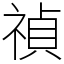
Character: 禎